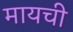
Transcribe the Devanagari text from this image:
मायची